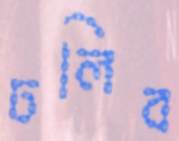
ঢলিব